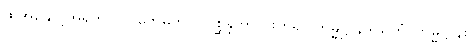
ထိုအနှောင့်အရှက် ပလိဗောဓကို။ ဥပစ္ဆိန္ဒိတွာ၊ ဖြတ်၍။ ကမ္မဋ္ဌာနဒါယကံ၊ ကမ္မဋ္ဌာန်း